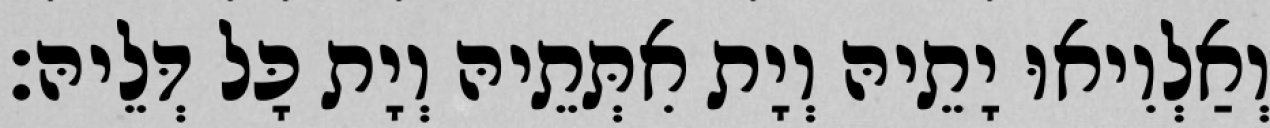
וְאַלְוִיאוּ יָתֵיהּ וְיָת אִתְּתֵיהּ וְיָת כָּל דְּלֵיהּ׃